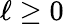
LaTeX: \ell\geq 0